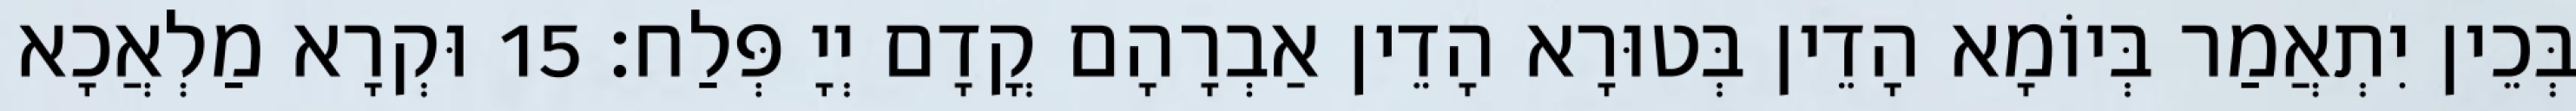
בְּכֵין יִתְאֲמַר בְּיוֹמָא הָדֵין בְּטוּרָא הָדֵין אַבְרָהָם קֳדָם יְיָ פְּלַח׃ 15 וּקְרָא מַלְאֲכָא